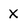
Character: X